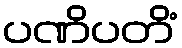
ပဏိပတိံ